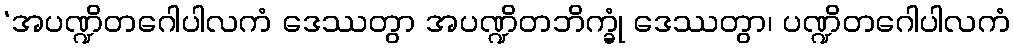
‘အပဏ္ဍိတဂေါပါလကံ ဒေဿတွာ အပဏ္ဍိတဘိက္ခုံ ဒေဿတွာ၊ ပဏ္ဍိတဂေါပါလကံ